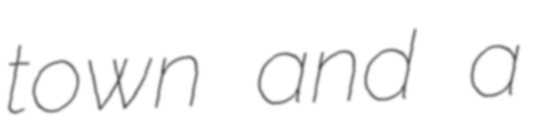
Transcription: town and a